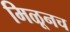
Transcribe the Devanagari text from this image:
मिळूनच